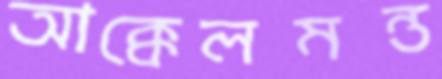
আক্কেলমন্ত